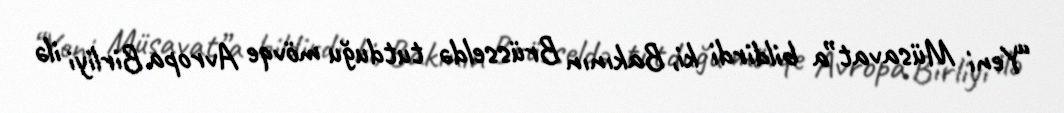
“Yeni Müsavat”a bildirdi ki, Bakının Brüsseldə tutduğu mövqe Avropa Birliyi ilə